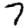
Digit: 7